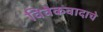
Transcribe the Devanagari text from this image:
विवेकवादाचे